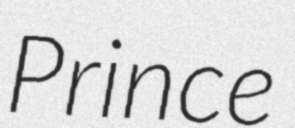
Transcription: Prince